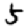
Digit: 5